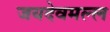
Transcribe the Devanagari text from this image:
जयदेवमल्ल